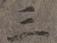
三